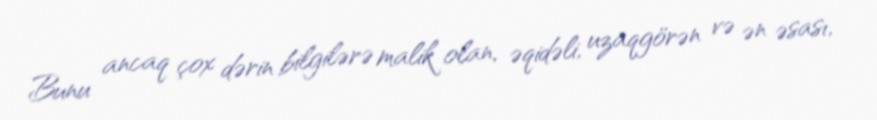
Bunu ancaq çox dərin bilgilərə malik olan, əqidəli, uzaqgörən və ən əsası,